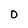
Character: 0